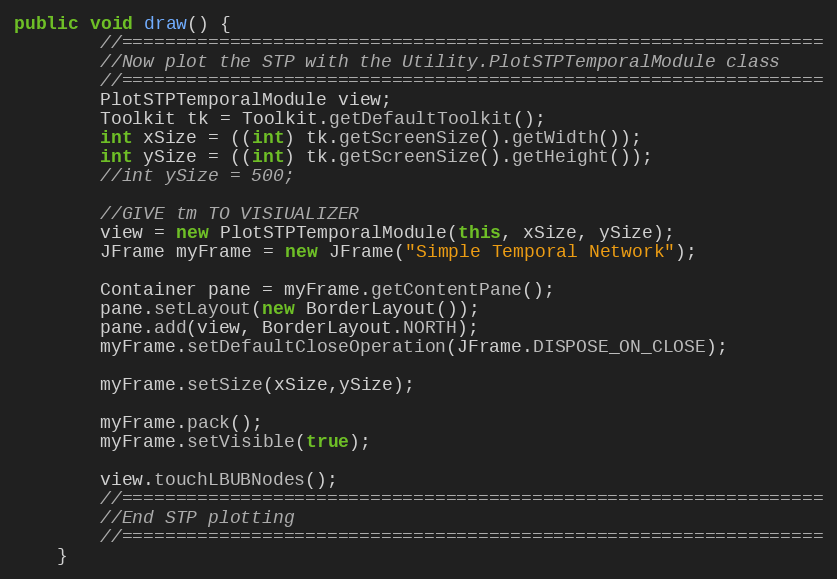
Language: Java
public void draw() {
		//=================================================================
		//Now plot the STP with the Utility.PlotSTPTemporalModule class
		//=================================================================
		PlotSTPTemporalModule view;
		Toolkit tk = Toolkit.getDefaultToolkit();
		int xSize = ((int) tk.getScreenSize().getWidth());
		int ySize = ((int) tk.getScreenSize().getHeight());
		//int ySize = 500;

		//GIVE tm TO VISIUALIZER
		view = new PlotSTPTemporalModule(this, xSize, ySize);
		JFrame myFrame = new JFrame("Simple Temporal Network");

		Container pane = myFrame.getContentPane();
		pane.setLayout(new BorderLayout());
		pane.add(view, BorderLayout.NORTH);
		myFrame.setDefaultCloseOperation(JFrame.DISPOSE_ON_CLOSE);

		myFrame.setSize(xSize,ySize);

		myFrame.pack();
		myFrame.setVisible(true);

		view.touchLBUBNodes();
		//=================================================================
		//End STP plotting
		//=================================================================
	}